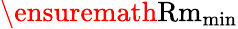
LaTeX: \ensuremath\mathrm{{Rm}}_{\mathrm{min}}